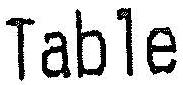
TABLE